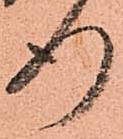
行